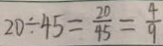
2 0 \div 4 5 = \frac { 2 0 } { 4 5 } = \frac { 4 } { 9 }